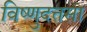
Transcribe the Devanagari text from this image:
विष्णुदत्तसा